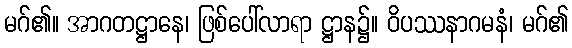
မဂ်၏။ အာဂတဋ္ဌာနေ၊ ဖြစ်ပေါ်လာရာ ဋ္ဌာန၌။ ဝိပဿနာဂမနံ၊ မဂ်၏